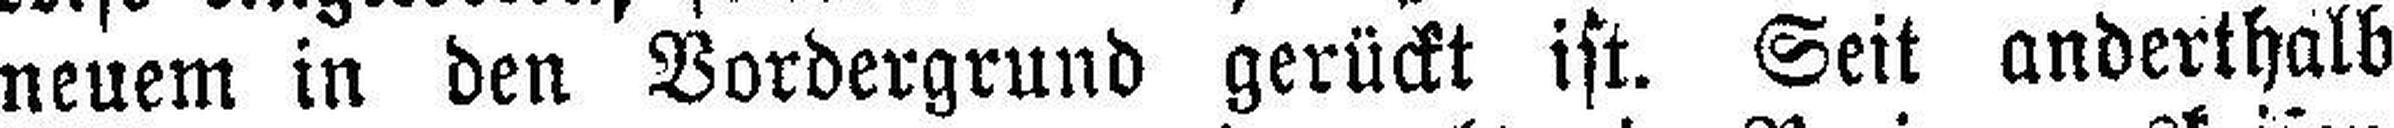
neuem in den Vordergrund gerückt ist. Seit anderthalb